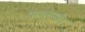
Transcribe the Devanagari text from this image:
परशुरामांच